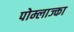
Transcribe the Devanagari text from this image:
पोम्लाज्का